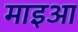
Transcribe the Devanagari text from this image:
माइआ